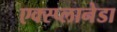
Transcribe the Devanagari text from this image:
एक्स्प्लानेडा